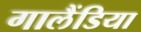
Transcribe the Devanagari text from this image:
गालैंडिया